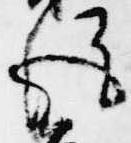
後